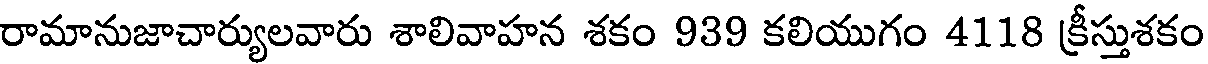
రామానుజాచార్యులవారు శాలివాహన శకం 939 కలియుగం 4118 క్రీస్తుశకం